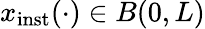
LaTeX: x_{\mathrm{inst}}(\cdot)\in B(0,L)